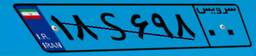
۱۸S۶۹۸۰۰